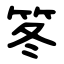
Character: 笗